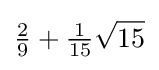
{\tfrac {2}{9}}+{\tfrac {1}{15}}{\sqrt {15}}